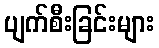
ပျက်စီးခြင်းများ